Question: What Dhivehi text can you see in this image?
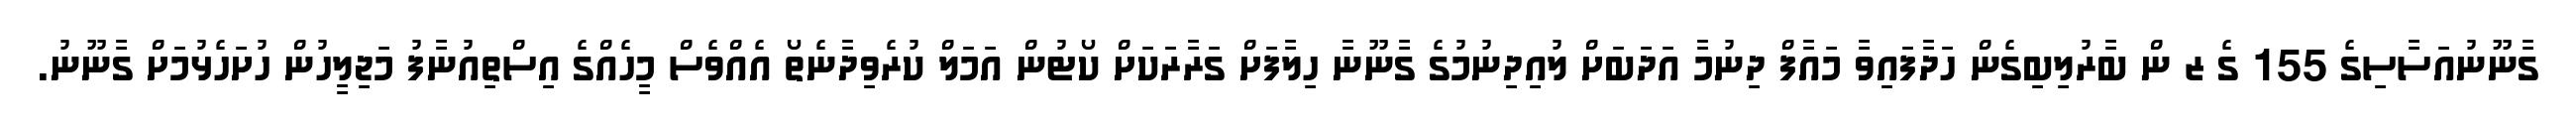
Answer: ގާނޫނުއަސާސިގެ 155 ގެ ޒ ން ބާރުލިބިގެން ހަދާފައިވާ މައާފް ދިނުމާ އަދަބަށް ލުއިދިނުމުގެ ގާނޫނާ ހިލާފަށް ގަރާރަކަށް ކޯޓުން އަމަލް ކުރެވިދާނެތޯ އެއްވެސް މީހެއްގެ އިސްތިއުނާފު މަޖިލީހުން ހުށަހެޅުމަށް ގާނޫނު.